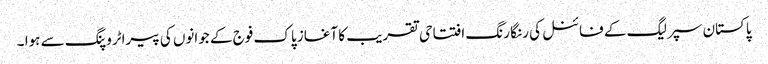
پاکستان سپر لیگ کے فائنل کی رنگا رنگ افتتاحی تقریب کا آغاز پاک فوج کے جوانوں کی پیراٹروپنگ سے ہوا ۔